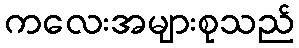
ကလေးအများစုသည်